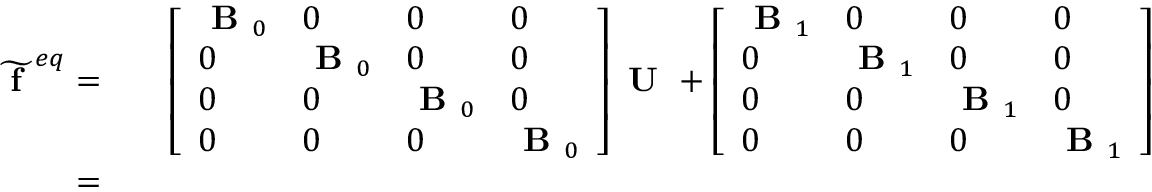
\begin{array} { r l r } { \widetilde { \textbf { f } } ^ { e q } = } & { { } } & { \left[ \begin{array} { l l l l } { \textbf { B } _ { 0 } } & { 0 } & { 0 } & { 0 } \\ { 0 } & { \textbf { B } _ { 0 } } & { 0 } & { 0 } \\ { 0 } & { 0 } & { \textbf { B } _ { 0 } } & { 0 } \\ { 0 } & { 0 } & { 0 } & { \textbf { B } _ { 0 } } \end{array} \right] \textbf { U } + \left[ \begin{array} { l l l l } { \textbf { B } _ { 1 } } & { 0 } & { 0 } & { 0 } \\ { 0 } & { \textbf { B } _ { 1 } } & { 0 } & { 0 } \\ { 0 } & { 0 } & { \textbf { B } _ { 1 } } & { 0 } \\ { 0 } & { 0 } & { 0 } & { \textbf { B } _ { 1 } } \end{array} \right] \textbf { G } _ { 1 } + \left[ \begin{array} { l l l l } { \textbf { B } _ { 2 } } & { 0 } & { 0 } & { 0 } \\ { 0 } & { \textbf { B } _ { 2 } } & { 0 } & { 0 } \\ { 0 } & { 0 } & { \textbf { B } _ { 2 } } & { 0 } \\ { 0 } & { 0 } & { 0 } & { \textbf { B } _ { 2 } } \end{array} \right] \textbf { G } _ { 2 } } \\ { = } & { { } } & { \boldsymbol { \alpha } _ { 0 } \textbf { U } + \boldsymbol { \alpha } _ { 1 } \textbf { G } _ { 1 } + \boldsymbol { \alpha } _ { 2 } \textbf { G } _ { 2 } } \end{array}